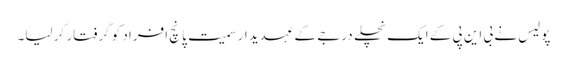
پولیس نے بی این پی کے ایک نچلے درجے کے عہدیدار سمیت پانچ افراد کو گرفتار کر لیا۔